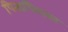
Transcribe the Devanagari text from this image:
पिताधिशवर